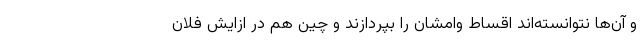
و آن‌ها نتوانسته‌اند اقساط وامشان را بپردازند و چین هم در ازایش فلان